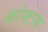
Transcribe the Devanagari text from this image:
क्रोफ्टस